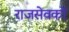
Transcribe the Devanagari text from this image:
राजसेवकों